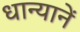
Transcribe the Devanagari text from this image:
धान्यानें